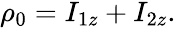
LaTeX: \begin{array}{r}{\rho_{0}=I_{1z}+I_{2z}.}\end{array}